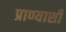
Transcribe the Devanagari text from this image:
प्राण्याशी